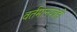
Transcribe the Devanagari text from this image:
वर्तमानपत्रही